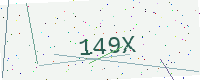
Text: 149X